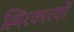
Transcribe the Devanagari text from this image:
स्थिरकारकों